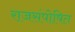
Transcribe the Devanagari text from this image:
राजसंपोषित